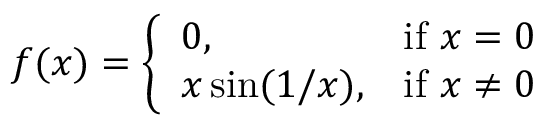
f ( x ) = { \left\{ \begin{array} { l l } { 0 , } & { { \mathrm { i f ~ } } x = 0 } \\ { x \sin ( 1 / x ) , } & { { \mathrm { i f ~ } } x \neq 0 } \end{array} \right. }